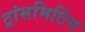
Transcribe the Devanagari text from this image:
ट्रांसमिटिंग